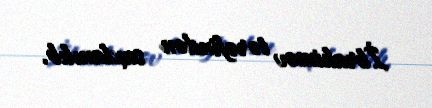
İbrahimov tərəfindən saxlanılıb.